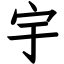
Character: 宇